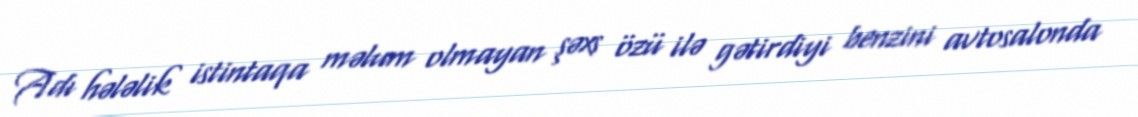
Adı hələlik istintaqa məlum olmayan şəxs özü ilə gətirdiyi benzini avtosalonda